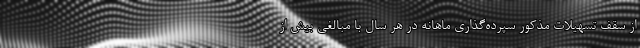
از سقف تسهیلات مذکور سپرده‌گذاری ماهانه در هر سال با مبالغی بیش از